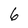
Character: 6